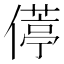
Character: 𫣦